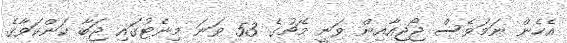
އެހެން ނަމަވެސް ޖޯޖިއާއިން ވަނީ މެޗުގެ 53 ވަނަ މިނެޓުގައި ޖަބާ ކަންކަވާގެ